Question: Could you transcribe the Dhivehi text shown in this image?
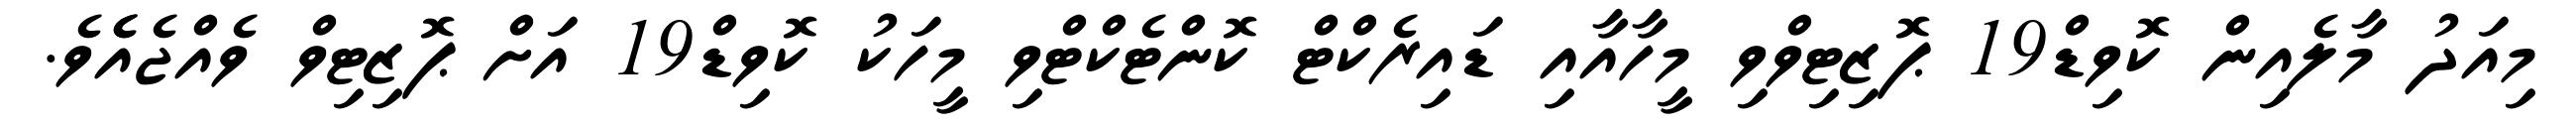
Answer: މިއަދު މާލެއިން ކޮވިޑް19 ޕޮޒިޓިވްވި މީހާއާއި ޑައިރެކްޓް ކޮންޓެކްޓްވި މީހަކު ކޮވިޑް19 އަށް ޕޮޒިޓިވް ވެއްޖެއެެވެ.